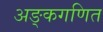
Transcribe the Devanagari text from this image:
अङ्कगणित